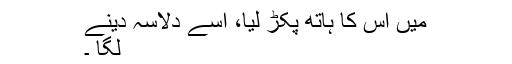
میں اس کا ہاتھ پکڑ لیا، اسے دلاسہ دینے
لگا ۔